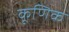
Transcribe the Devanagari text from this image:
कूणिक